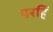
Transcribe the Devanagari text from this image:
परहिं